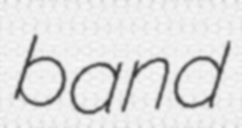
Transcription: band